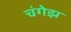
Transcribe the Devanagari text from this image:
चंगेझ